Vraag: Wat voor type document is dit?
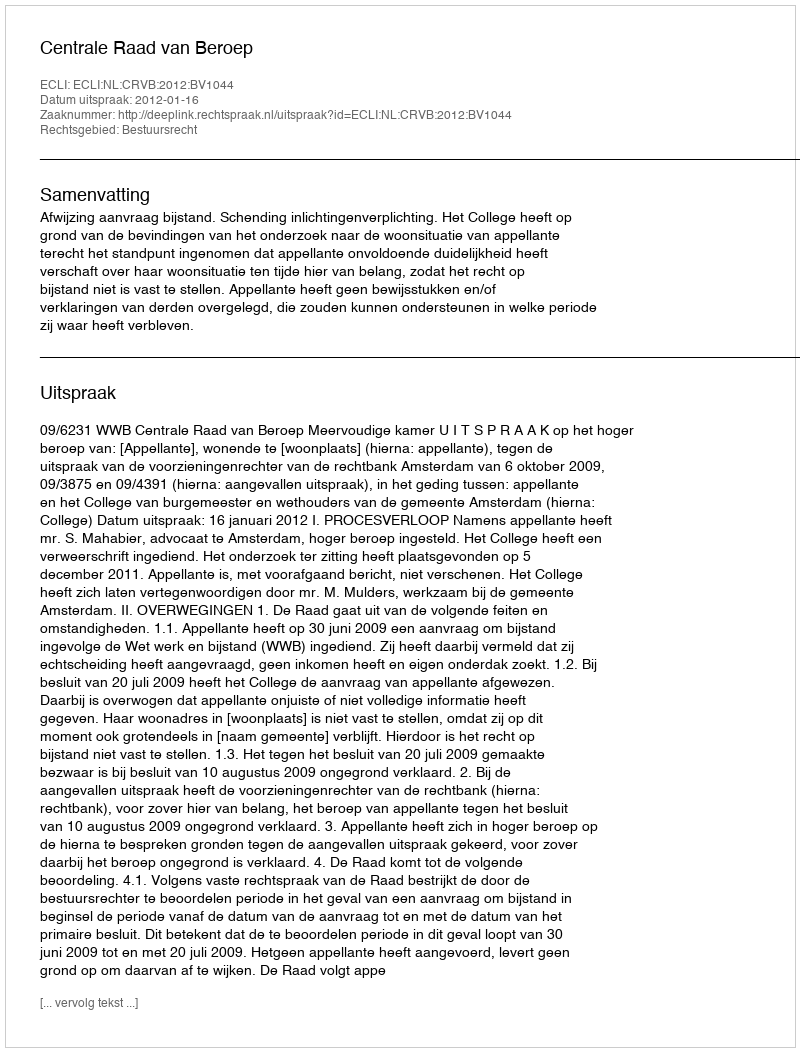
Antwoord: Uitspraak